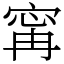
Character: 𡩋